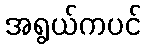
အရွယ်ကပင်